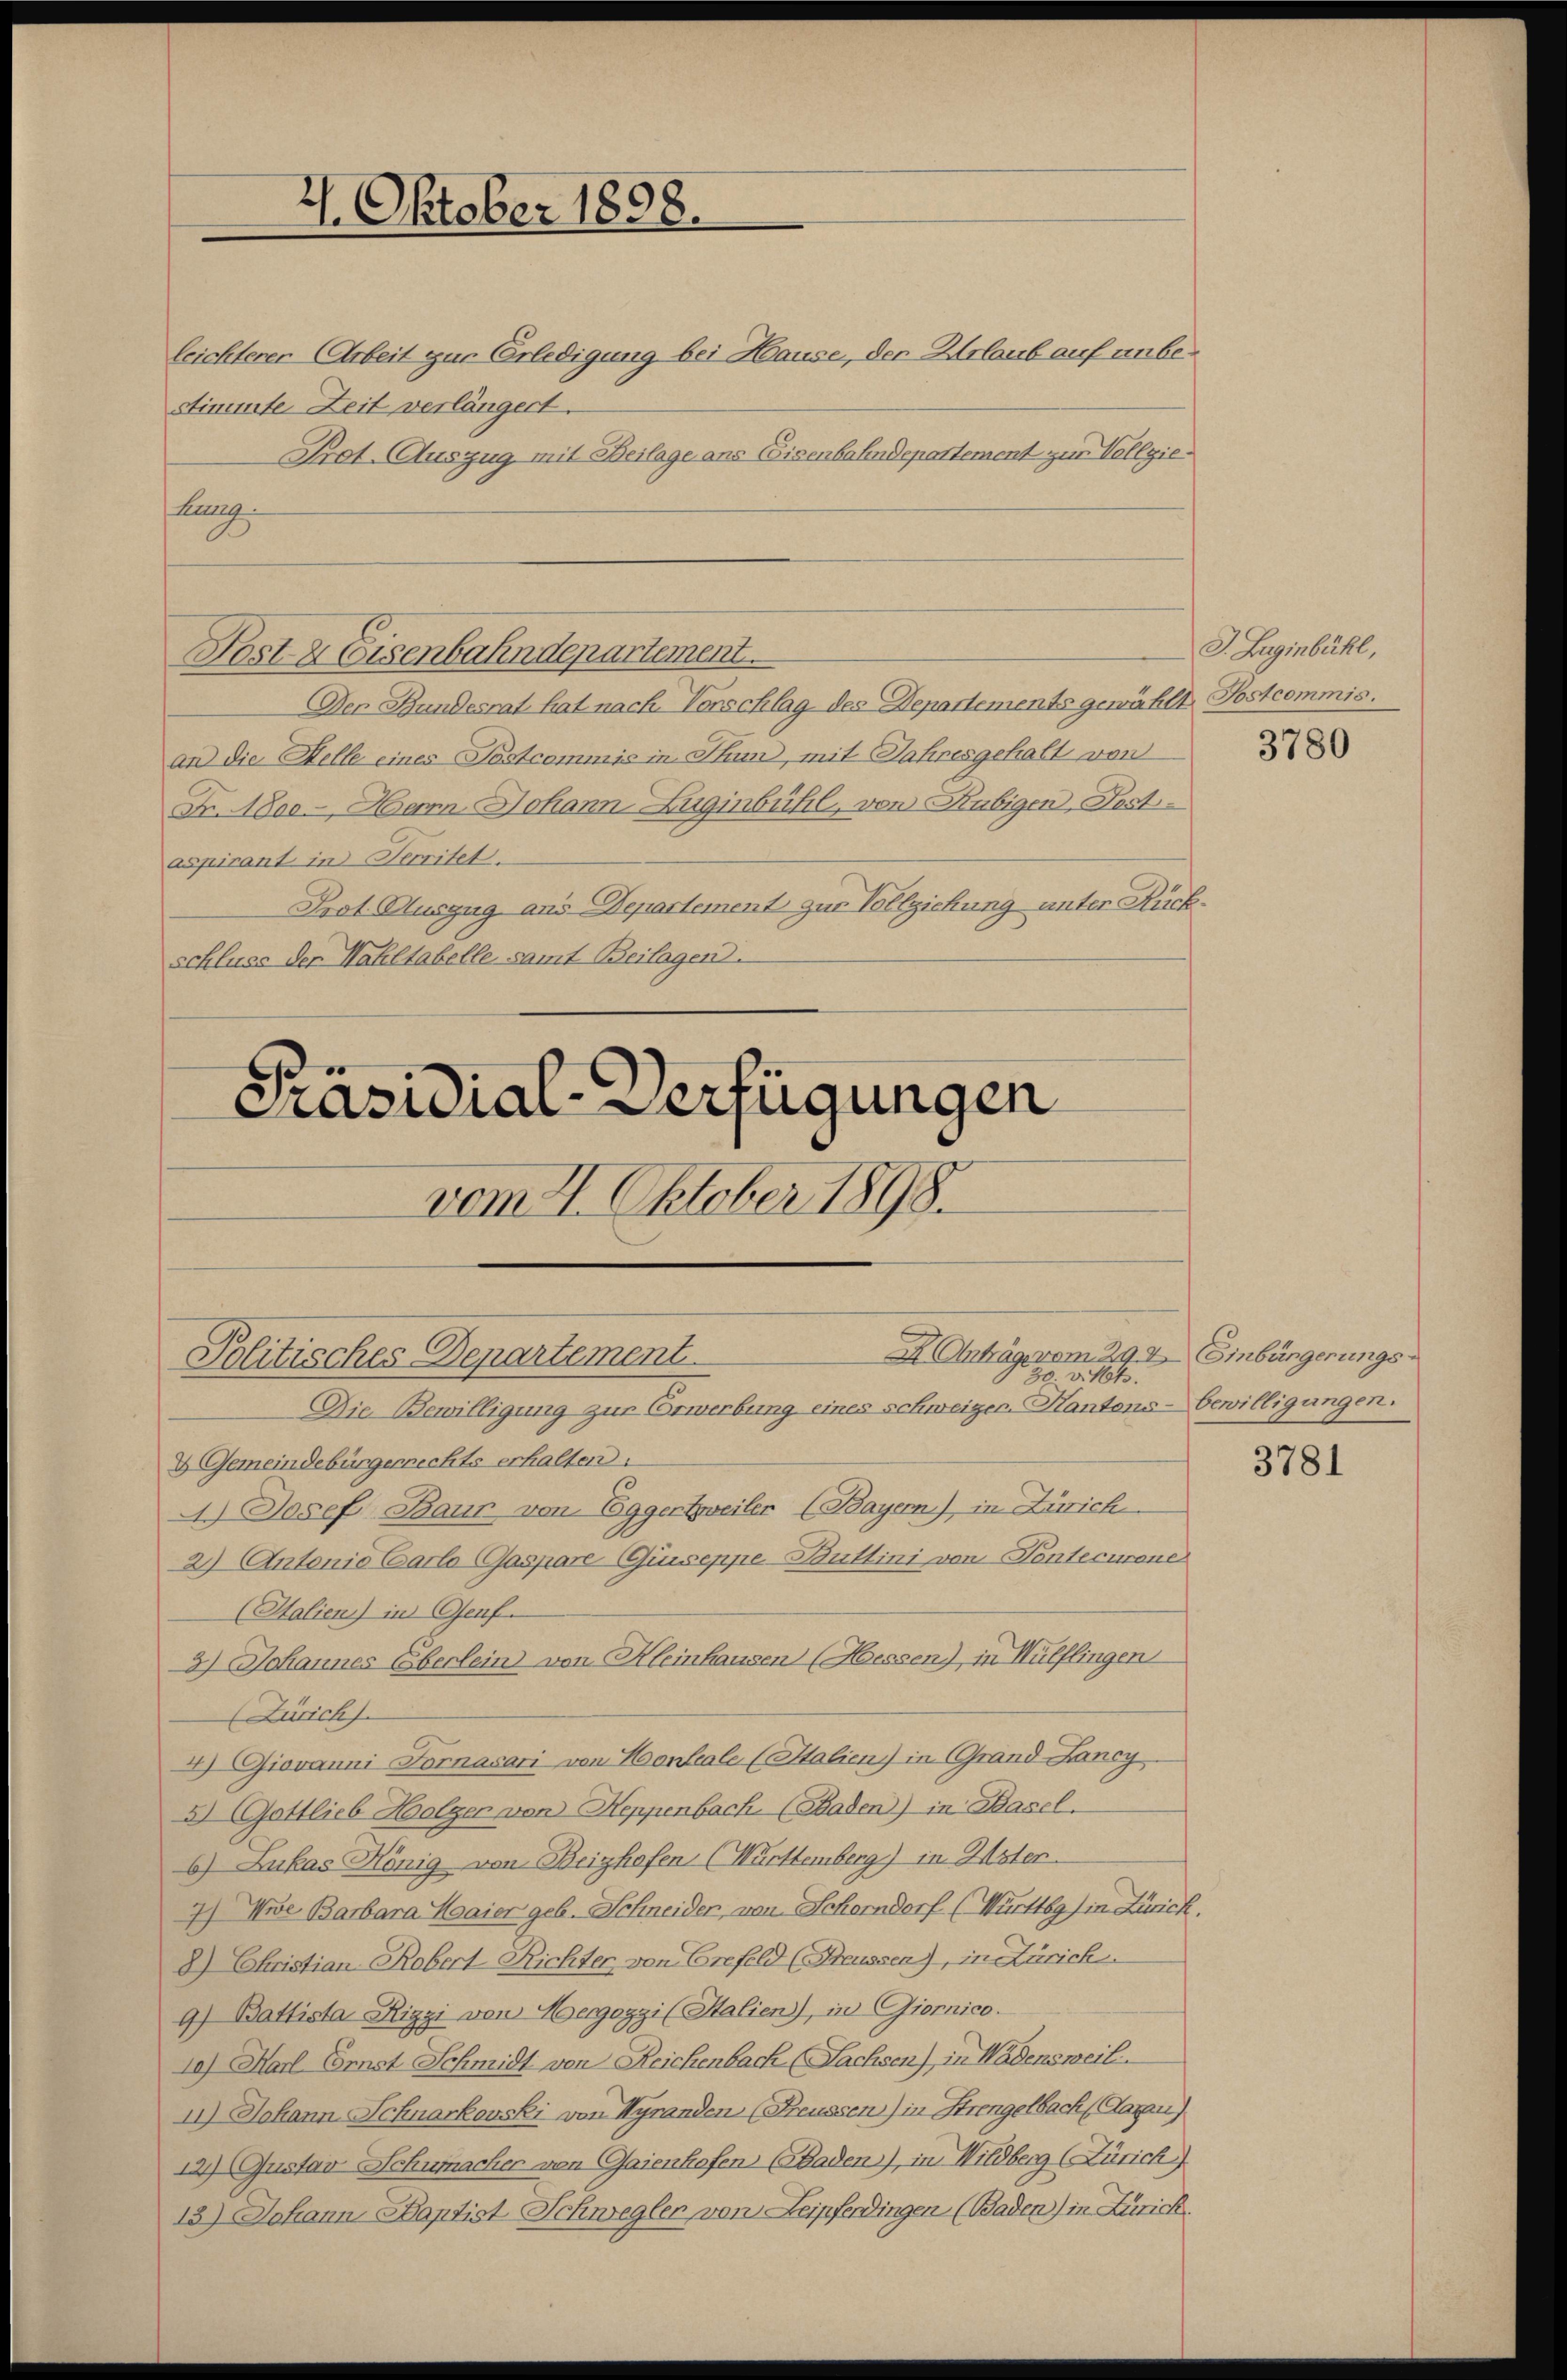
7. Oktober 1898.

Präsidial-Verfügungen

leichterer Arbeit zur Erledigung bei Hause, der Urlaub auf unbestimmte Zeit verlängert.
Prot. Auszug mit Beilage ans Eisenbahndepartement zur Vollziehag
Der Bundesrat hat nach Vorschlag des Departements gewählt Postcommis.
an die Helle eines Postcommis in Thun, mit Jahresgehalt von
Fr. 1800. Herrn Johann-Züginbühl, von Rubigen, Post-
aspirant in Secritet.
Prot. Auszug ans Departement zur Vollziehung unter Rückschluss der Wahltabelle samt Beilagen.

Fost & Eisenbahndepartement.

vom 21. Oktober 1898.

A Anträge vom 29. 42. Einbürgerungs¬
Politisches Departement
 H. v. Mts.

Die Bewilligung zur Erwerbung eines schweizen Kantons- bewilligungen.
4.) Josef Baur von Eggerteiler (Bayern) in Zürich
2) Antonio Carlo Gaspare Guiseppe Buttini von Pentecurone

2 Gemeindebürgerrechts erhalten.
(Halien) in Genf.
3) Johannes Eberlein von Kleinhausen (Hessen), in Hülflingen
Zürich).
4) Giovanni Fornasari von Hontale (Stalien) in Grand Lancy
3) Gattlieb Holzer von Heppenbach. (Saden) in Basel.
6) Lukas Hönig von Beighofen (Württemberg) in Uster
7) Wie Barbara Maier geb. Schneider, von Schorndorf (Württbg) in Zürich.
8) Christian Robert Richter, von Crefeld (Steussen), in Zürich
9) Battista Rizzi von Mergozzi (Stalien), in Giornico.
10) Harl Ernst Schmidt von Reichenbach (Sachsen) in Wädensweil.
n) Johann Schnarkowski von Hyranden (Freussen) in Strengelbach Hagen)
12.) Gustav Schumacher von Gaienhofen (Baden), in Wildberg (Zürich)
13) Johann Stantist Schwegler von Leipferdingen (Baden) in Zürich,

J. Laginbühl,

3780

3781